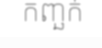
កញ្ឆក់